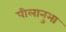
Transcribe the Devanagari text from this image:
पीलानुमा